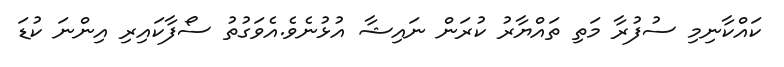
ކައްކާނިމި ސުފުރާ މަތި ތައްޔާރު ކުރަން ނައިޝާ އުޅުނެވެ.އެވަގުތު ސޯފާކައިރި އިންނަ ކުޑަ